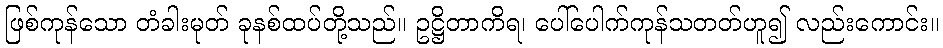
ဖြစ်ကုန်သော တံခါးမုတ် ခုနစ်ထပ်တို့သည်။ ဥဋ္ဌိတာကိရ၊ ပေါ်ပေါက်ကုန်သတတ်ဟူ၍ လည်းကောင်း။